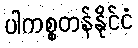
ပါကစ္စတန်နိုင်ငံ